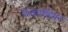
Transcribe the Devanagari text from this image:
केशवाहिका